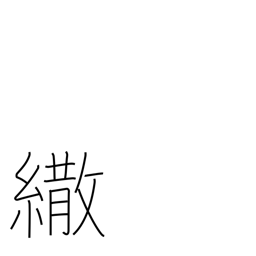
Meaning: parasol